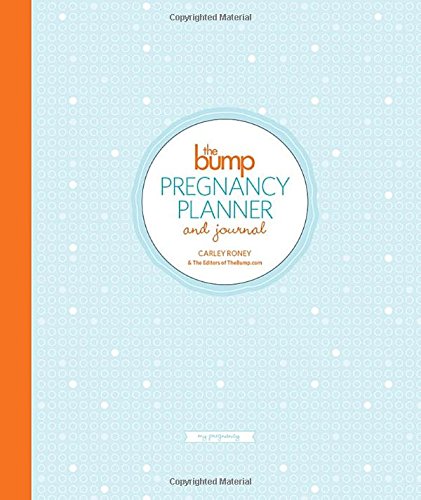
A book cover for The Bump Pregnancy Planner & Journal; Carley Roney; Parenting & Relationships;